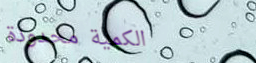
الكمية محدودة